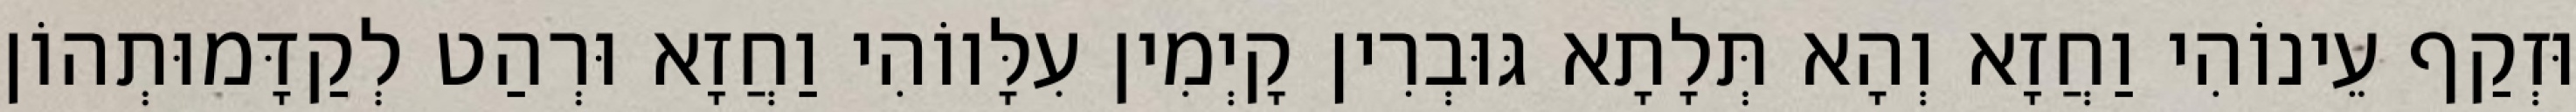
וּזְקַף עֵינוֹהִי וַחֲזָא וְהָא תְּלָתָא גּוּבְרִין קָיְמִין עִלָּווֹהִי וַחֲזָא וּרְהַט לְקַדָּמוּתְהוֹן